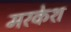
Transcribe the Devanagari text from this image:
मरकेश